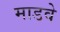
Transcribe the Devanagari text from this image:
माडवे